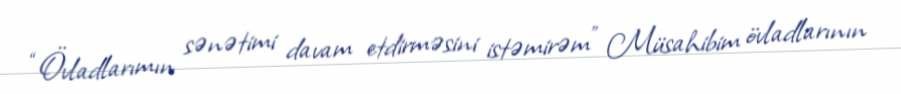
“Övladlarımın sənətimi davam etdirməsini istəmirəm” Müsahibim övladlarının